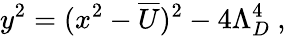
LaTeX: y^{2}=(x^{2}-\overline{{{U}}})^{2}-4\Lambda_{D}^{4}\ ,